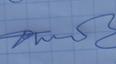
Signature authenticity: genuine